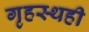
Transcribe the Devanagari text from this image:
गृहस्थही